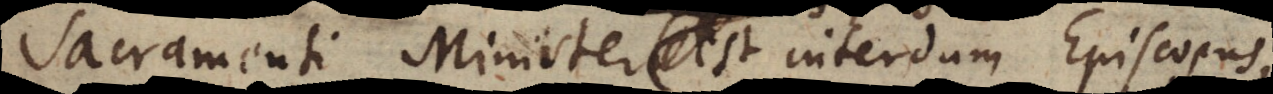
Sacramenti Minister est interdum Episcopus,